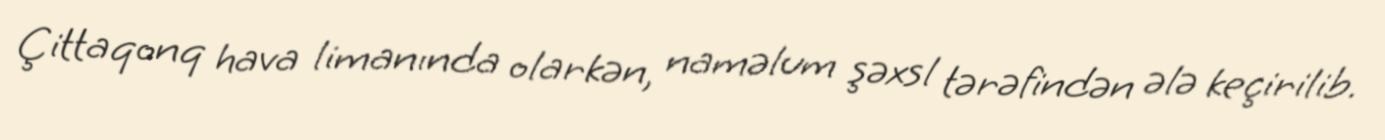
Çittaqonq hava limanında olarkən, naməlum şəxsl tərəfindən ələ keçirilib.